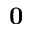
\mathbf { 0 }